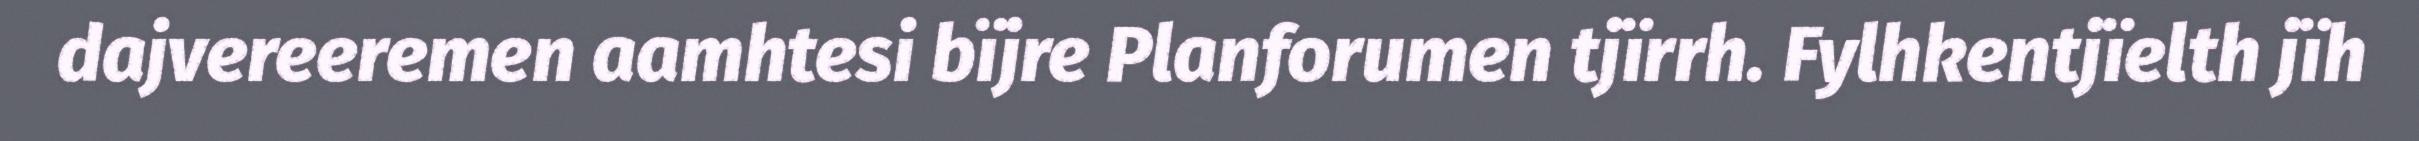
dajvereeremen aamhtesi bïjre Planforumen tjïrrh. Fylhkentjïelth jïh